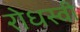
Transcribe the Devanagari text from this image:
रोधस्वी